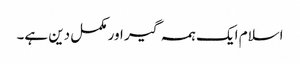
اسلام ایک ہمہ گیر اور مکمل دین ہے۔